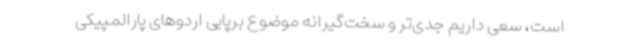
است، سعی داریم جدی‌تر و سخت‌گیرانه موضوع برپایی اردوهای پارالمپیکی